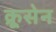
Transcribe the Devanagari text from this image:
क्रूसेन